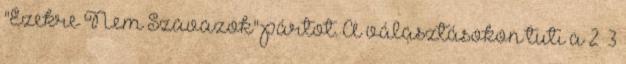
"Ezekre Nem Szavazok" pártot. A választásokon tuti a 2 3